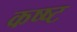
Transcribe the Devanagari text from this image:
कष्ष्ट